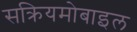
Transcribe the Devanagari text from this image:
सक्रियमोबाइल